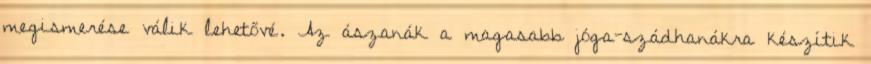
megismerése válik lehetővé. Az ászanák a magasabb jóga-szádhanákra készítik